Report of the Bombay Veterinary College
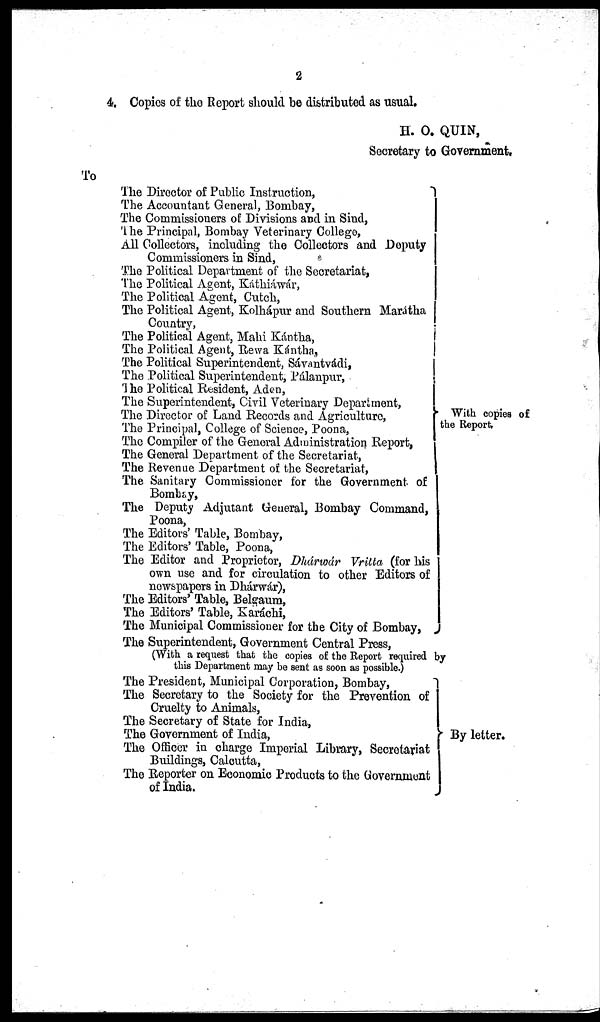
2
4. Copies of the Report should be distributed as usual.
H. O. QUIN,
Secretary to Government.
To
The Director of Public Instruction,
The Accountant General, Bombay,
The Commissioners of Divisions and in Sind,
The Principal, Bombay Veterinary College,
All Collectors, including the Collectors and Deputy
Commissioners in Sind,
The Political Department of the Secretariat,
The Political Agent, Káthiáwár,
The Political Agent, Cutch,
The Political Agent, Kolhápur and Southern Marátha
Country,
The Political Agent, Mahi Kántha,
The Political Agent, Rewa Kántha,
The Political Superintendent, Savantvádi,
The Political Superintendent, Pálanpur,
The Political Resident, Aden,
The Superintendent, Civil Veterinary Department,
The Director of Land Records and Agriculture,
The Principal, College of Science, Poona,
The Compiler of the General Administration Report,
The General Department of the Secretariat,
The Revenue Department of the Secretariat,
The Sanitary Commissioner for the Government of
Bombay,
The Deputy Adjutant General, Bombay Command,
Poona,
The Editors' Table, Bombay,
The Editors' Table, Poona,
The Editor and Proprietor, Dhárwár Vritta (for his
own use and for circulation to other Editors of
newspapers in Dhárwár),
The Editors' Table, Belgaum,
The Editors' Table, Karáchi,
The Municipal Commissioner for the City of Bombay,
With copies of
the Report.
The Superintendent, Government Central Press,
(With a request that the copies of the Report required by
this Department may be sent as soon as possible.)
The President, Municipal Corporation, Bombay,
The Secretary to the Society for the Prevention of
Cruelty to Animals,
The Secretary of State for India,
The Government of India,
The Officer in charge Imperial Library, Secretariat
Buildings, Calcutta,
The Reporter on Economic Products to the Government
of India.
By letter.